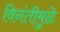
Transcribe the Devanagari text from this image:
विनंतीमुळे